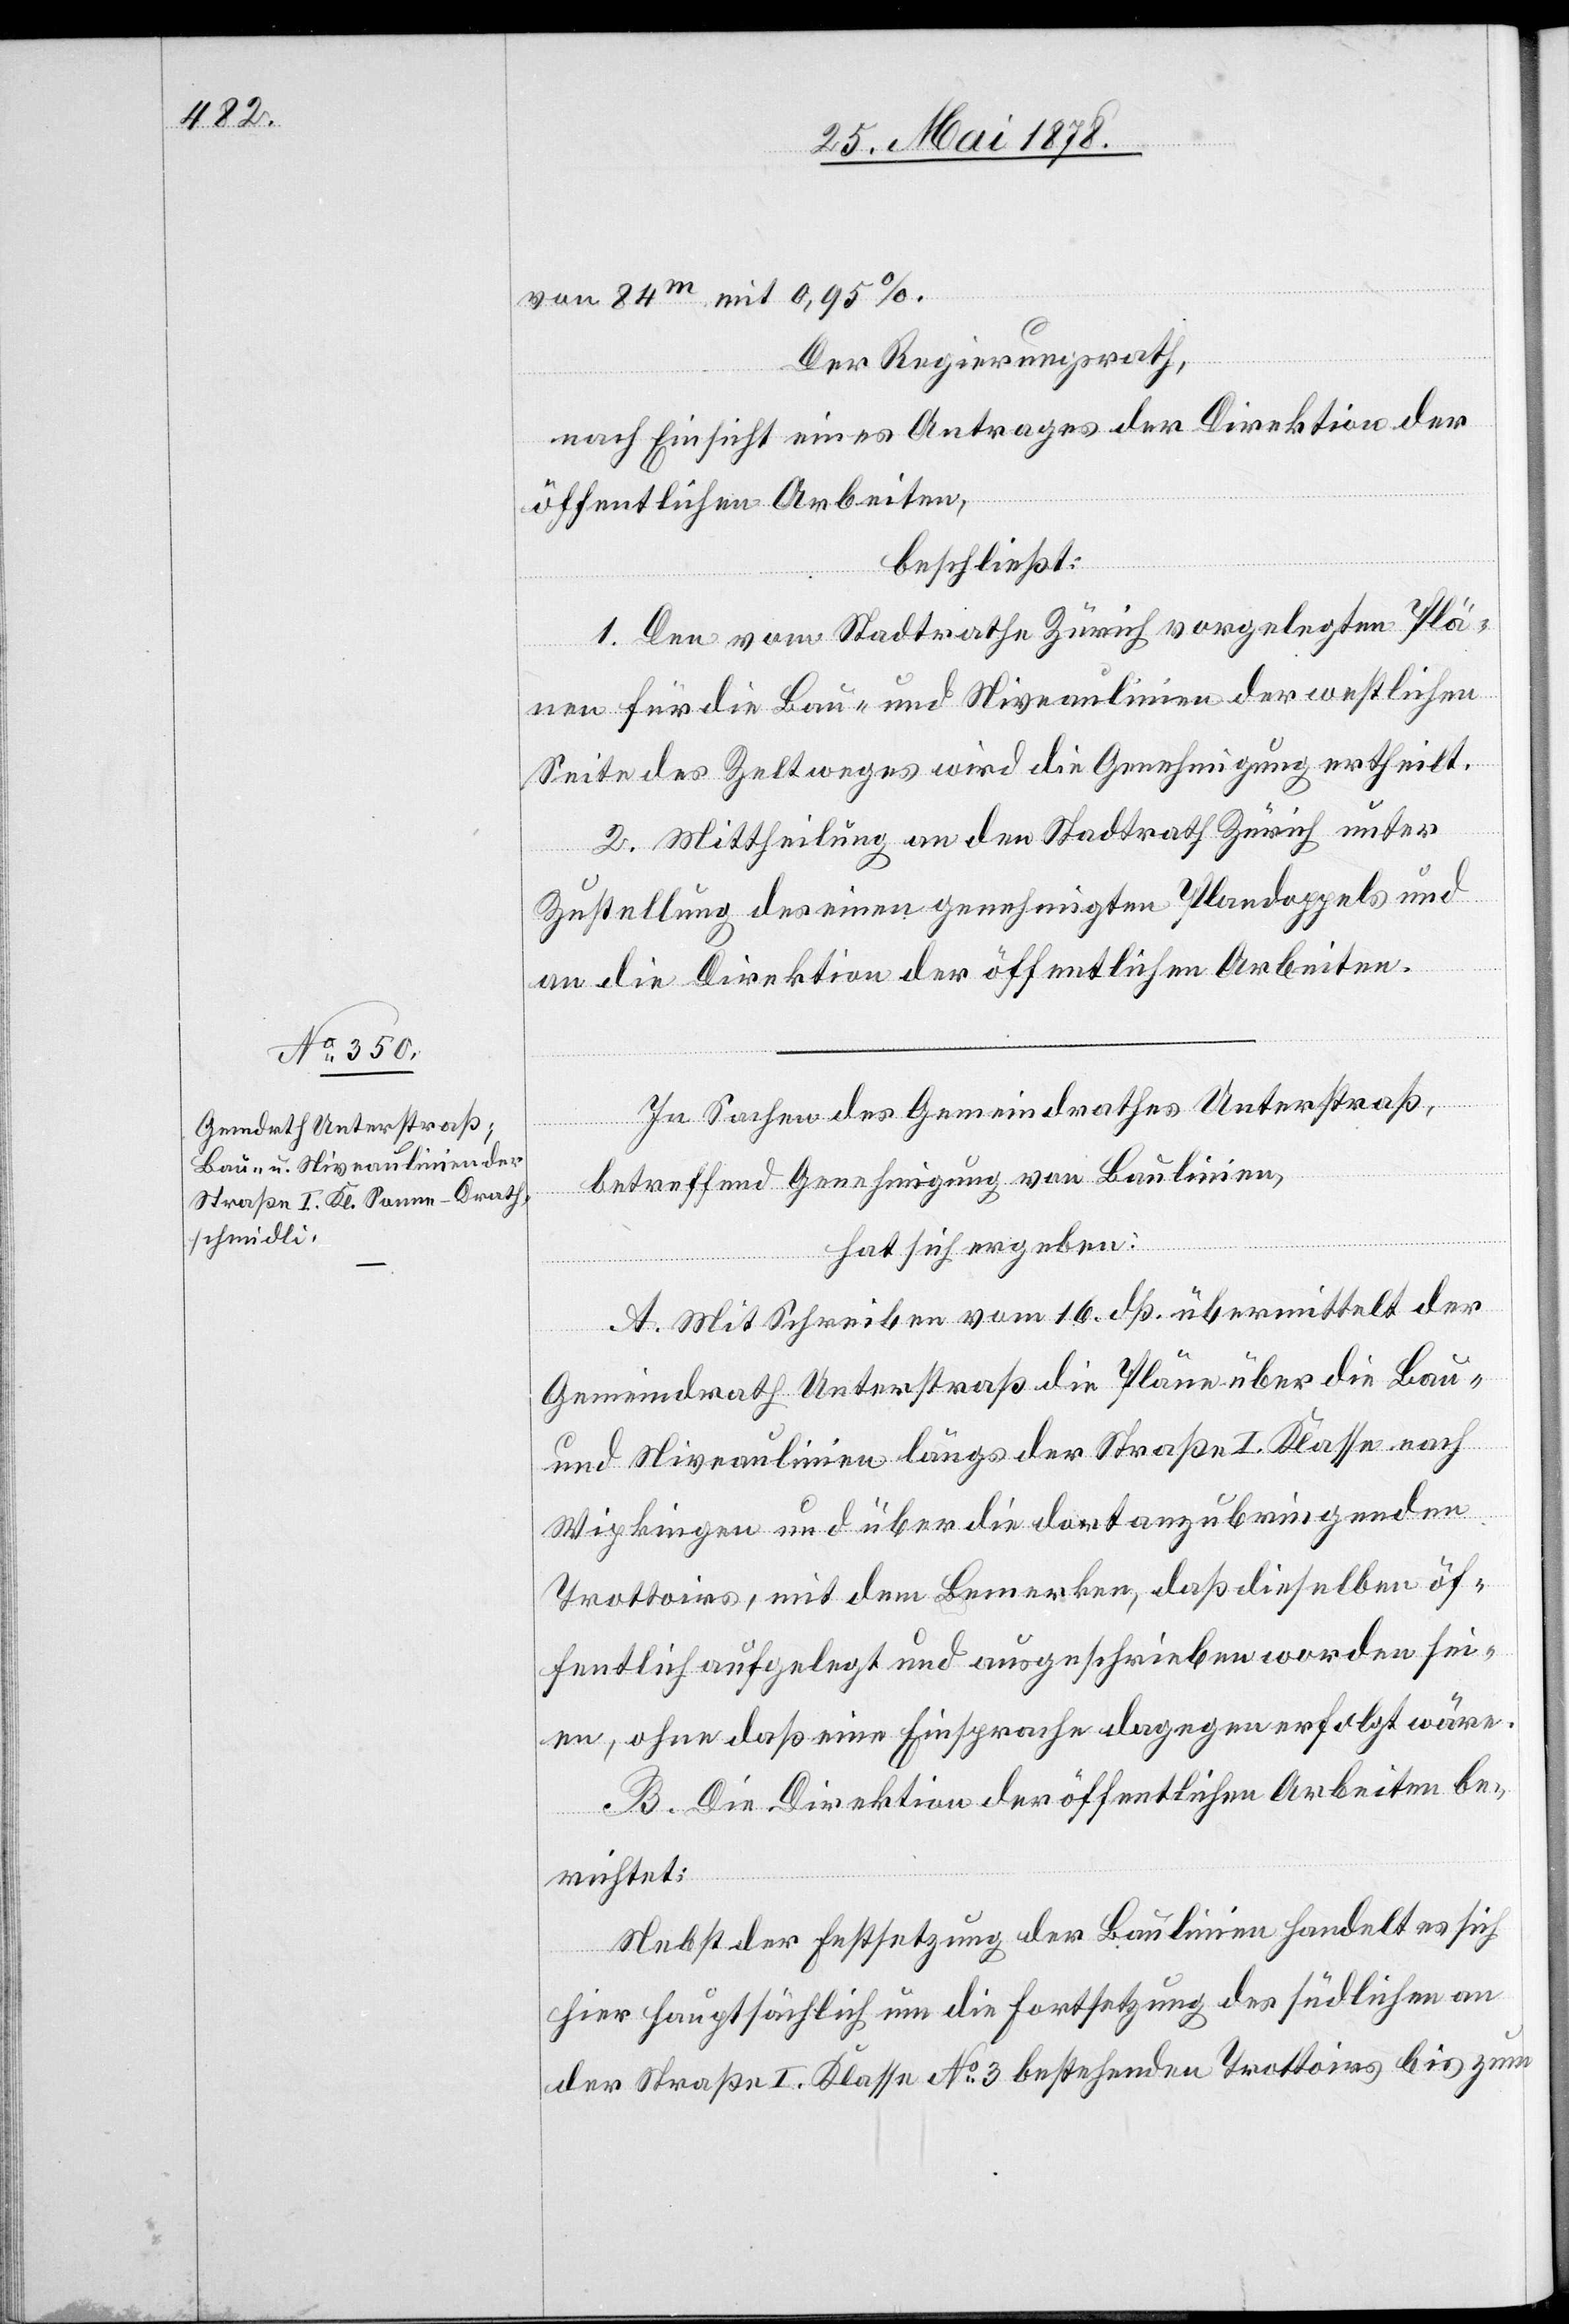
von 84m mit 0,95%.
Der Regierungsrath,
nach Einsicht eines Antrages der Direktion der
öffentlichen Arbeiten,
beschließt:
1. Den vom Stadtrathe Zürich vorgelegten Plä¬
nen für die Bau- und Niveaulinien der westlichen
Seite des Zeltweges wird die Genehmigung ertheilt.
2. Mittheilung an den Stadtrath Zürich unter
Zustellung des einen genehmigten Plandoppels und
an die Direktion der öffentlichen Arbeiten.
In Sachen des Gemeindrathes Unterstraß,
betreffend Genehmigung von Baulinien,
hat sich ergeben:
A. Mit Schreiben vom 16. dß. übermittelt der
Gemeindrath Unterstraß die Pläne über die Bau-
und Niveaulinien längs der Straße I. Klasse nach
Wipkingen und über die dort anzubringenden
Trottoirs, mit dem Bemerken, dass dieselben öf¬
fentlich aufgelegt und ausgeschrieben worden sei¬
en, ohne dass eine Einsprache dagegen erfolgt wäre.
B. Die Direktion der öffentlichen Arbeiten be¬
richtet:
Nebst der Festsetzung der Baulinien handelt es sich
hier hauptsächlich um die Fortsetzung des südlichen an
der Straße I. Klasse No 3 bestehenden Trottoirs bis zum